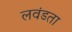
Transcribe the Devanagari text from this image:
लवंडता